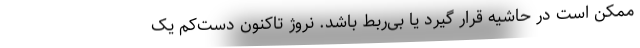
ممکن است در حاشیه قرار گیرد یا بی‌ربط باشد. نروژ تاکنون دست‌کم یک